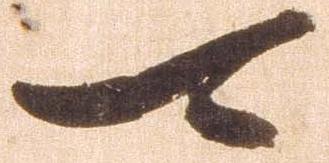
可